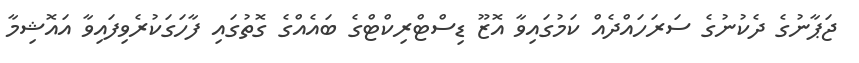
ޖަޕާނުގެ ދެކުނުގެ ސަރަހައްދެއް ކަމުގައިވާ އޮޒޫ ޑިސްޓްރިކްޓްގެ ބައެއްގެ ގޮތުގައި ފާހަގަކުރެވިފައިވާ އައޮޝިމާ